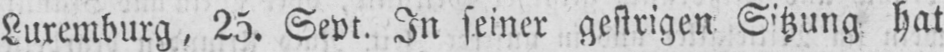
Luxemburg, 25. Sept. In seiner gestrigen Sitzung hat